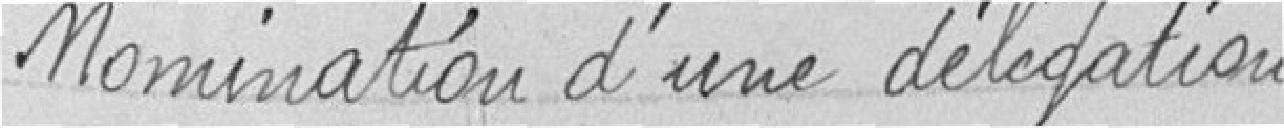
Nomination d'une délégation